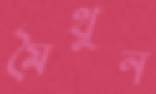
মৈথুন